Scottish Leaving Certificate Examination, 1954
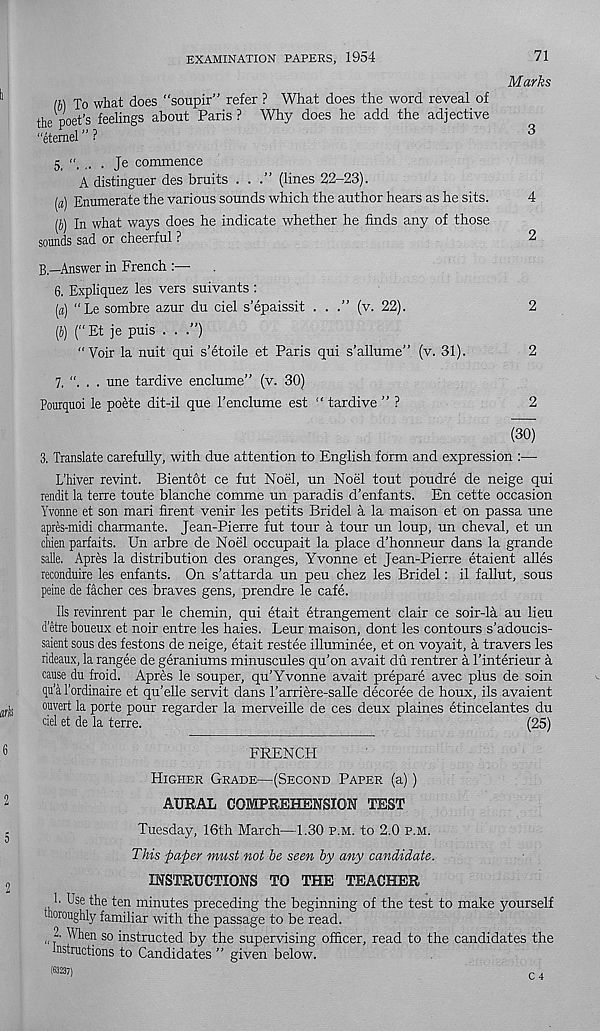
EXAMINATION PAPERS, 1954
71
Marks
m J 0 what does “soupir” refer ? What does the word reveal of
the poet's feelings about Paris ? Why does he add the adjective
“etemel ” ?
3
5.
• J e commence
A distinguer des bruits ...” (lines 22-23).
(a) Enumerate the various sounds which the author hears as he sits.
4
(J) In what ways does he indicate whether he finds any of those
sounds sad or cheerful ?
2
B.—Answer in French :—
6. Expliquez les vers suivants :
(a) “Le sombre azur du ciel s’epaissit . . .” (v. 22).
2
(J) (“Et je puis . . .”)
"Voir la nuit qui s’etoile et Paris qui s’allume” (v. 31).
2
7. “. . . une tardive enclume” (v. 30)
Pourquoi le poete dit-il que I’enclume est “ tardive ” ?
2
(30)
3. Translate carefully, with due attention to English form and expression :—
L’hiver revint. Bientbt ce fut Noel, un Noel tout poudre de neige qui
rendit la terre toute blanche comme un paradis d'enfants. En cette occasion
Yvonne et son mari firent venir les petits Bridel a la maison et on passa une
apres-midi charmante. Jean-Pierre fut tour a tour un loup, un cheval, et un
chien parfaits. Un arbre de Noel occupait la place d’honneur dans la grande
salle. Apres la distribution des oranges, Yvonne et Jean-Pierre etaient alles
reconduire les enfants. On s'attarda un peu chez les Bridel: il fallut, sous
peine de facher ces braves gens, prendre le cafe.
Us revinrent par le chemin, qui etait etrangement clair ce soir-la au lieu
d’etre boueux et noir entre les haies. Leur maison, dont les contours s’adoucis-
saient sous des festons de neige, etait restee illuminee, et on voyait, a travers les
rideaux, la rangee de geraniums minuscules qu’on avait du rentrer a I’interieur a
cause du froid. Apres le souper, qu’Yvonne avait prepare avec plus de soin
qu’a rordinaire et qu’elle servit dans I’arriere-salle decoree de houx, ils avaient
ouvert la porte pour regarder la merveille de ces deux plaines etincelantes du
ciel et de la terre.
(25)
FRENCH
Higher Grade—(Second Paper (a))
AURAL COMPREHENSION TEST
Tuesday, 16th March—1.30 p.m. to 2.0 p.m.
This paper must not he seen by any candidate.
INSTRUCTIONS TO THE TEACHER
!■ Use the ten minutes preceding the beginning of the test to make yourself
doroughly familiar with the passage to be read.
„ When so instructed by the supervising officer, read to the candidates the
instructions to Candidates ” given below.
(63237)
c ,